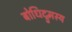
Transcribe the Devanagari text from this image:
बोधिद्रुमस्य